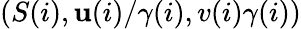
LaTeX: (S(i),\mathbf{u}(i)/\gamma(i),v(i)\gamma(i))